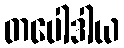
တပေါဒါယ